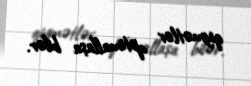
qiymətlər optimallaşa bilər.